Lunatic asylums United Provinces 1909-1921 - 1909-1921
Year: 1909
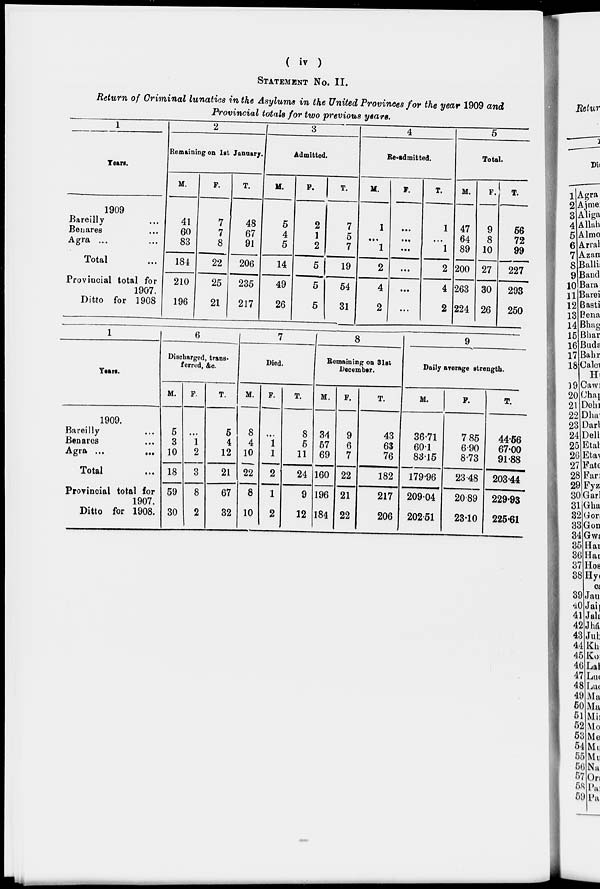
( iv )
STATEMENT No. II.
Return of Criminal lunatics in the Asylums in the United Provinces for the year 1909 and
Provincial totals for two previous years.
1
Years.
1909
Bareilly ...
Benares ...
Agra ... ...
Total ...
Provincial total for
1907.
Ditto for 1908
2
Remaining on 1st January.
M.
41
60
83
184
210
196
F.
7
7
8
22
25
21
T.
48
67
91
206
235
217
3
Admitted.
M.
5
4
5
14
49
26
F.
2
1
2
5
5
5
T.
7
5
7
19
54
31
4
Re-admitted.
M.
1
...
1
2
4
2
F.
...
...
...
...
...
...
T.
1
...
1
2
4
2
5
Total.
M.
47
64
89
200
263
224
F.
9
8
10
27
30
26
T.
56
72
99
227
293
250
1
Year.
1909.
Bareilly ...
Benares ...
Agra ...
...
Total ...
Provincial total for
1907.
Ditto for 1908.
6
Discharged, trans-
ferred, &c.
M.
5
3
10
18
59
30
F.
...
1
2
3
8
2
T.
5
4
12
21
67
32
7
Died.
M.
8
4
10
22
8
10
F.
...
1
1
2
1
2
T.
8
5
11
24
9
12
8
Remaining on 31st
December.
M.
34
57
69
160
196
184
F.
9
6
7
22
21
22
T.
43
63
76
182
217
206
9
Daily average strength.
M.
36.71
60.1
83.15
179.96
209.04
202.51
F.
78.5
6.90
8.73
23.48
20.89
23.10
T.
44.56
67.00
91.88
203.44
229.93
225.61